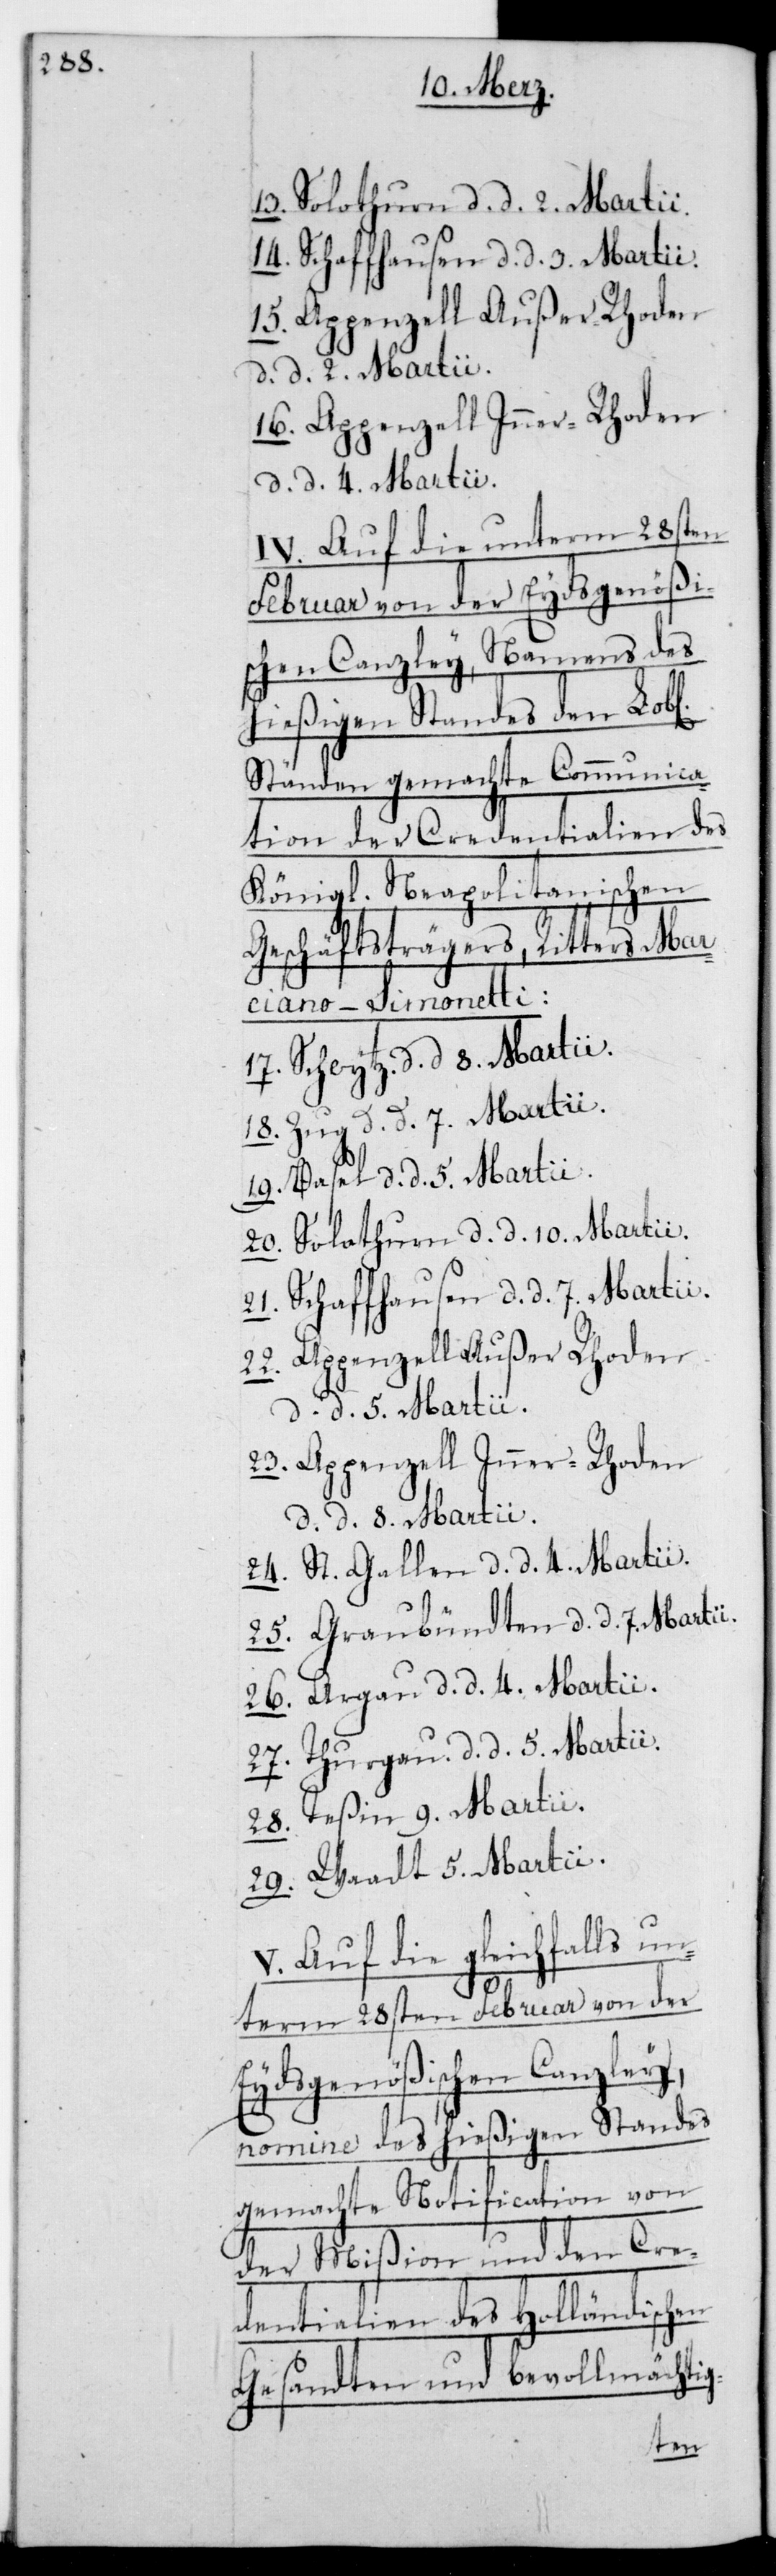
28.

13. Solothurn, d. d. 2. Martii.
14. Schaffhausen, d. d. 3. Martii.
15. Appenzell Außer Rhoden,
d. d. 2. Martii.
16. Appenzell Inner-Rhoden,
d. d. 9. Martii.
IV. Auf die unterm 28sten
Februar von der Eydsgenößi¬
schen Canzley, Namens des
hießigen Standes den L.
Ständen gemachte Communica¬
tion der Credentialien des
Königl. Neapolitanischen
Geschäftsträgers, Ritters Mar¬
ciano-Simonetti:
17. Schwytz, d. d. 8. Martii.
18. Zug, d. d. 7. Martii.
29. Waadt, d. d. 5. Martii.
20. Solothurn, d. d. 10. Martii.
21. Schaffhausen, d. d. 7. Martii.
22. Appenzell Außer Rhoden,
d. d. 8. Martii.
23. Appenzell Inner-Rhoden,
24. St. Gallen, d. d. 4. Martii.
25. Graubündten, d. d. 7. Martii.
26. Argau, d. d. 4. Martii.
27. Thurgau, d. d. 5. Martii.
V. Auf die gleichfalls u¬
nterm 28sten Februar von der
Eydsgenößischen Canzley,
nomine des hießigen Standes
gemachte Notification von
der Mißion und den Cre¬
dentialien des Holländischen
Gesandten und bevollmächtig-